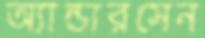
অ্যান্ডারসেন